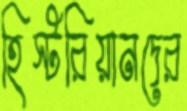
হিস্টরিয়ানদের